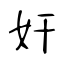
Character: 奸